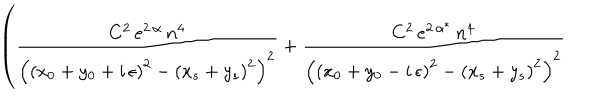
\left( \frac { C ^ { 2 } \, e ^ { 2 \, \alpha } \, n ^ { 4 } } { \left( \left( x _ { 0 } + y _ { 0 } + i \, \epsilon \right) ^ { 2 } - \left( x _ { s } + y _ { s } \right) ^ { 2 } \right) ^ { 2 } } + \frac { C ^ { 2 } \, e ^ { 2 \, \alpha ^ { * } } \, n ^ { 4 } } { \left( \left( x _ { 0 } + y _ { 0 } - i \, \epsilon \right) ^ { 2 } - \left( x _ { s } + y _ { s } \right) ^ { 2 } \right) ^ { 2 } } \right.